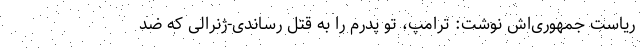
ریاست جمهوری‌اش نوشت: ترامپ، تو پدرم را به قتل رساندی-ژنرالی که ضد